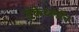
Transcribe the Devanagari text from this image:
डेकेथ्लॉन